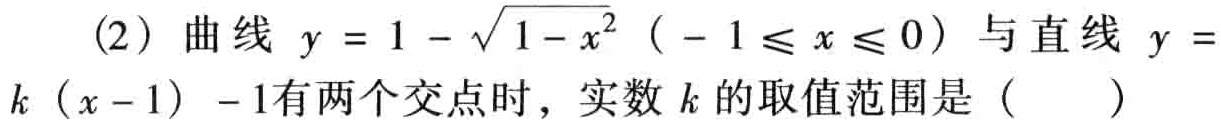
（2）曲线 \(y = 1 - \sqrt{1 - x^{2}}\)（\(- 1 \leq x \leq 0\)）与直线 \(y = k(x - 1) - 1\)有两个交点时，实数 \(k\)的取值范围是（  ）